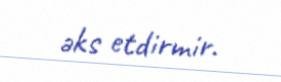
əks etdirmir.